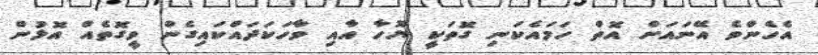
އެހެންވެ އޭނައަށް އޮތް ހަމައެކަނި ގޮތަކީ ޔޫހާ އާއި ވާހަކަދައްކައިގެން ވީގޮތެއް އޮޅުން